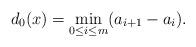
LaTeX: \begin{align*} d_0(x)= \min_{0\leq i \leq m}(a_{i+1}-a_i).\end{align*}